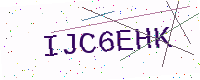
Text: IJC6EHK